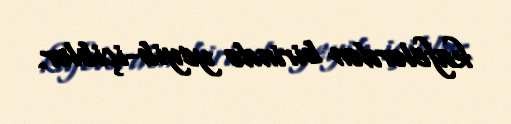
kafelərdən birində yeyib-içiblər.